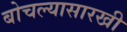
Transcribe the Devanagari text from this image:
बोचल्यासारखी